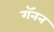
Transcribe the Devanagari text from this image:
गॅनन